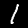
Label: 1